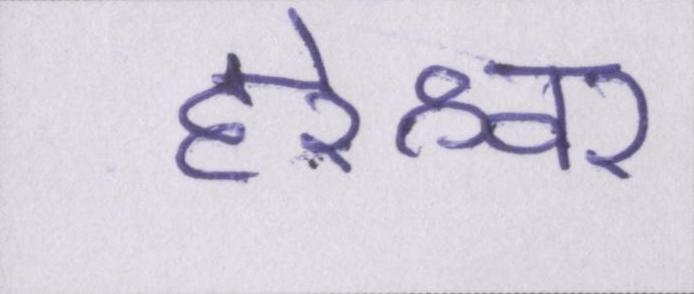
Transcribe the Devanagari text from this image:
हरेश्वर